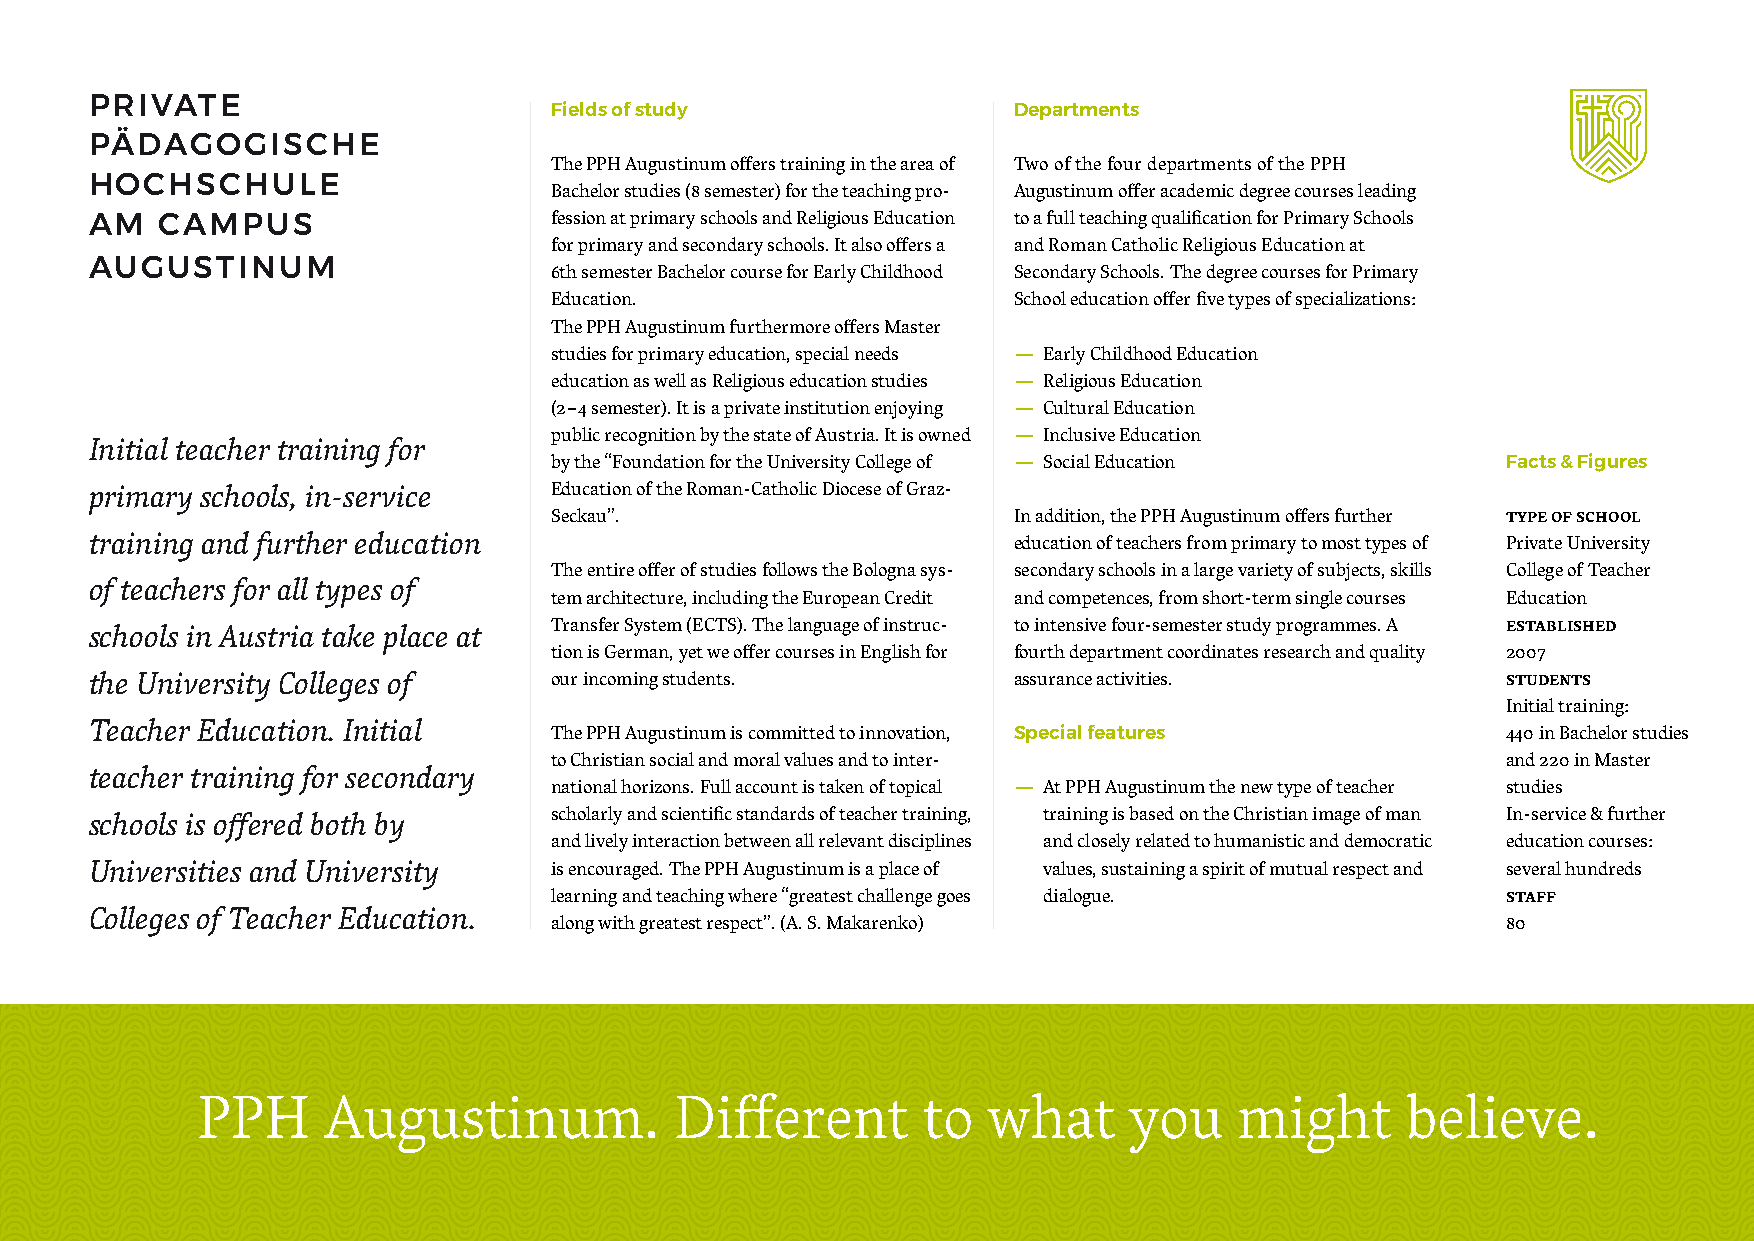
PRIVATE
 Fields of study                Departments
 PÄDAGOGISCHE
 The PPH Augustinum offers training in the area of Two of the four departments of the PPH
 HOCHSCHULE
 Bachelor studies (8 semester) for the teaching pro- Augustinum offer academic degree courses leading
 AM  CAMPUS                    fession at primary schools and Religious Education to a full teaching qualification for Primary Schools
 for primary and secondary schools. It also offers a and Roman Catholic Religious Education at
 AUGUSTINUM                    6th semester Bachelor course for Early Childhood Secondary Schools. The degree courses for Primary
 Education.                     School education offer five types of specializations:
 The PPH Augustinum furthermore offers Master
 studies for primary education, special needs — Early Childhood Education
 education as well as Religious education studies — Religious Education
 (2–4 semester). It is a private institution enjoying — Cultural Education
 public recognition by the state of Austria. It is owned — Inclusive Education
 Initial teacher training for
 by the “Foundation for the University College of — Social Education Facts & Figures
 primary schools, in-service   Education of the Roman-Catholic Diocese of Graz-
 Seckau”.                       In addition, the PPH Augustinum offers further type of school
 training and further education                               education of teachers from primary to most types of Private University
 The entire offer of studies follows the Bologna sys- secondary schools in a large variety of subjects, skills College of Teacher
 of teachers for all types of
 tem architecture, including the European Credit and competences, from short-term single courses Education
 Transfer System (ECTS). The language of instruc- to intensive four-semester study programmes. A established
 schools in Austria take place at
 tion is German, yet we offer courses in English for fourth department coordinates research and quality 2007
 the University Colleges of    our incoming students.         assurance activities.            students
 Initial training:
 Teacher Education. Initial
 The PPH Augustinum is committed to innovation, Special features 440 in Bachelor studies
 to Christian social and moral values and to inter-              and 220 in Master
 teacher training for secondary
 national horizons. Full account is taken of topical — At PPH Augustinum the new type of teacher studies
 schools is offered both by    scholarly and scientific standards of teacher training, training is based on the Christian image of man In-service & further
 and lively interaction between all relevant disciplines and closely related to humanistic and democratic education courses:
 Universities and University   is encouraged. The PPH Augustinum is a place of values, sustaining a spirit of mutual respect and several hundreds
 learning and teaching where “greatest challenge goes dialogue.  staff
 Colleges of Teacher Education.
 along with greatest respect”. (A. S. Makarenko)                 80
 PPH     Augustinum.             Different       to  what      you    might      believe.